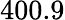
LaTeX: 400.9